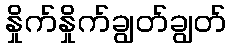
နှိုက်နှိုက်ချွတ်ချွတ်